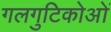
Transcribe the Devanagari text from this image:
गलगुटिकोओं